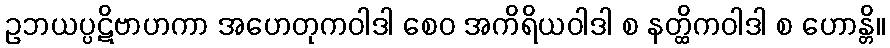
ဥဘယပ္ပဋိဗာဟကာ အဟေတုကဝါဒါ စေဝ အကိရိယဝါဒါ စ နတ္ထိကဝါဒါ စ ဟောန္တိ။